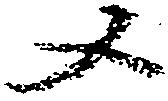
又